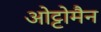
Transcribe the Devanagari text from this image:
ओट्टोमैन